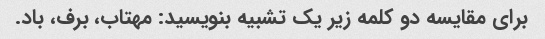
برای مقایسه دو کلمه زیر یک تشبیه بنویسید: مهتاب، برف، باد.